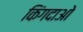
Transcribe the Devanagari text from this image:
किंगदाओ